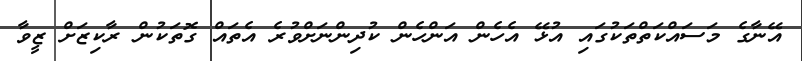
އޭނާގެ މަސައްކަތްތަކުގައި އުޅޭ އެހެން އަންހެން ކުދިންނަށްވުރެ އެތައް ގޮތަކުން ރާކިޒަށް ޒީވާ